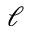
\ell